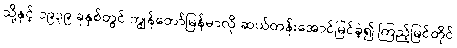
သို့နှင့် ၁၉၃၉ ခုနှစ်တွင် ကျွန်တော်မြန်မာလို ဆယ်တန်းအောင်မြင်ခဲ့၍ ကြည့်မြင်တိုင်